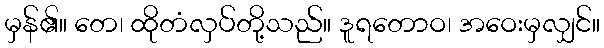
မှန်၏။ တေ၊ ထိုတံလှပ်တို့သည်။ ဒူရတောဝ၊ အဝေးမှလျှင်။